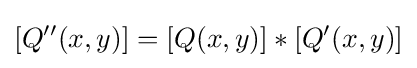
[Q^{\prime \prime }(x,y)]=[Q(x,y)]\ast [Q^{\prime }(x,y)]